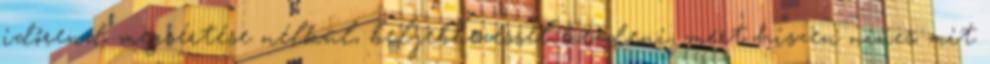
időrend megsértése nélkül, beljebbezéssel kezdeni, mert hiszen nincs mit